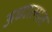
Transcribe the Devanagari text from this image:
अध्यात्मात